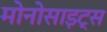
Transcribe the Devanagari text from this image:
मोनोसाइट्स